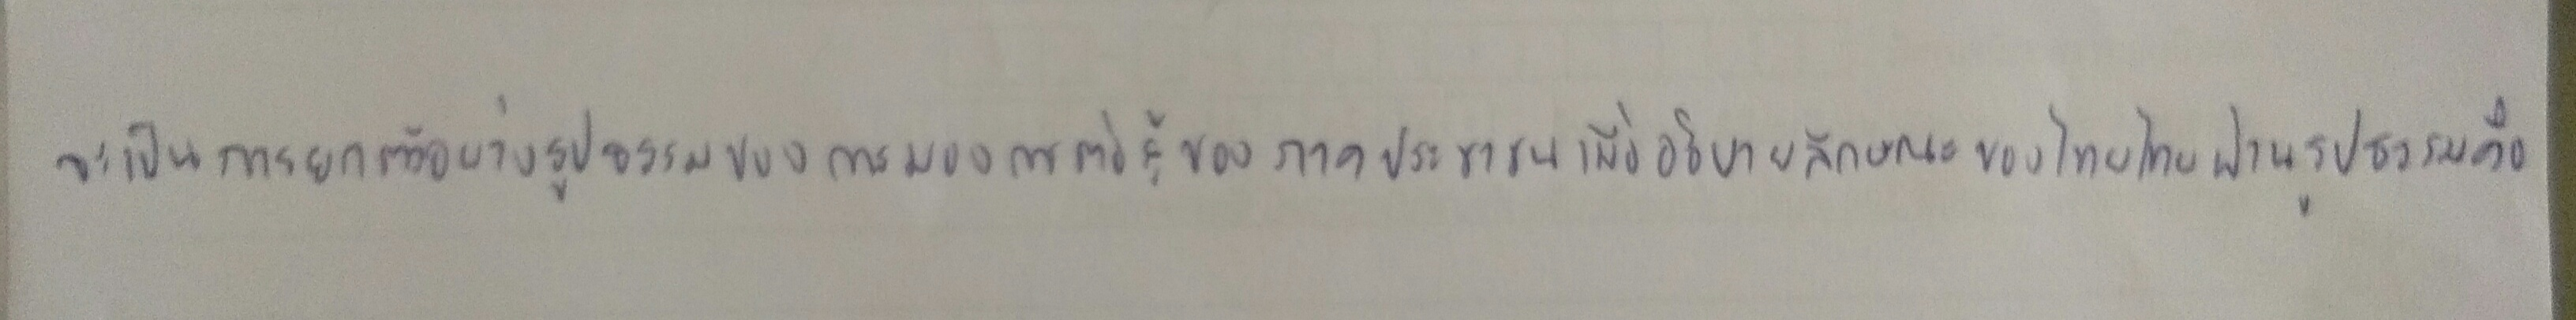
จะเป็นการยกตัวอย่างรูปธรรมของการมองการต่อสู้ของภาคประชาชนเพื่ออธิบายลักษณะของไทยรักไทยผ่านรูปธรรมคือ